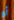
أو